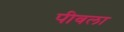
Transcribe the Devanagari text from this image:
पीवला